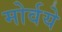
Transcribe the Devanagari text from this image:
मोर्वये